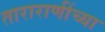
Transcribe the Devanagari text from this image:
ताराराणींच्या